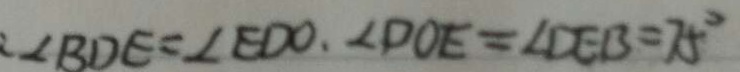
\angle B D E = \angle E D O . \angle D O E = \angle D E B = 7 5 ^ { \circ }